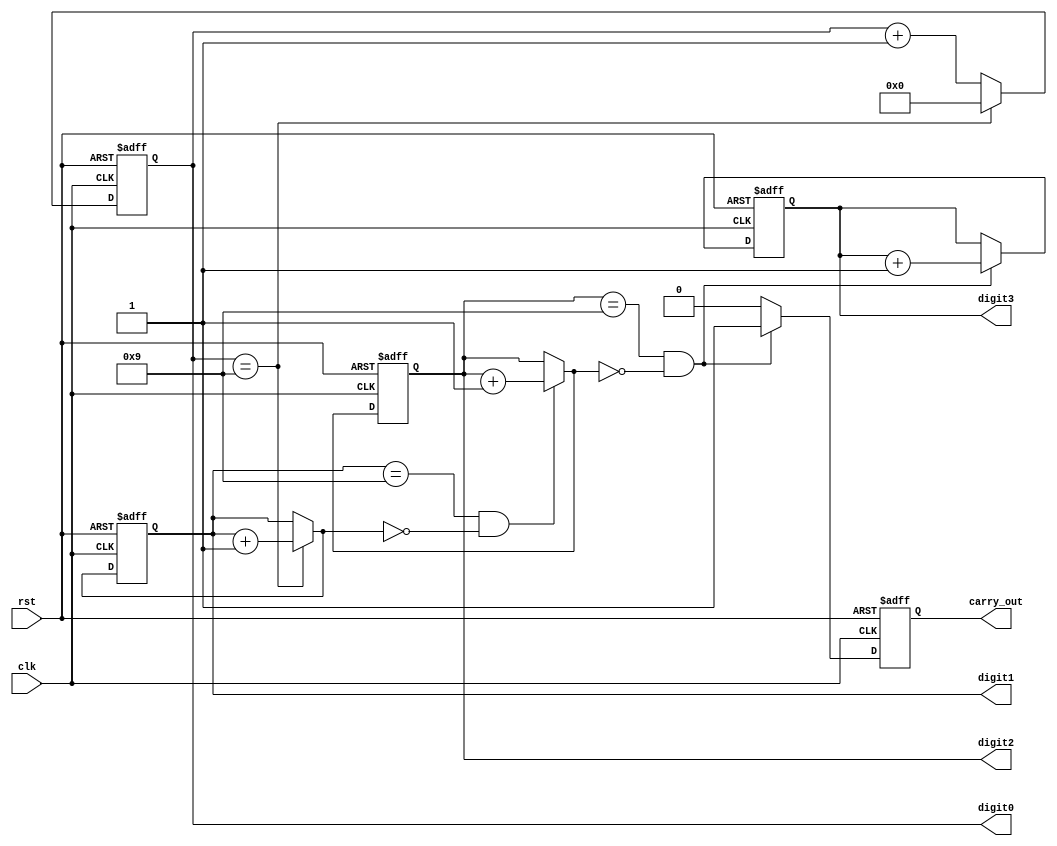
module BCD_Counter(
    input clk,
    input rst,
    output reg [3:0] digit3,
    output reg [3:0] digit2,
    output reg [3:0] digit1,
    output reg [3:0] digit0,
    output reg carry_out
);

reg [3:0] next_digit3, next_digit2, next_digit1, next_digit0;

always @(posedge clk or posedge rst) begin
    if (rst) begin
        digit3 <= 4'd0;
        digit2 <= 4'd0;
        digit1 <= 4'd0;
        digit0 <= 4'd0;
        carry_out <= 1'b0;
    end else begin
        if (digit0 == 4'd9) begin
            next_digit0 = 4'd0;
            next_digit1 = digit1 + 1;
        end else begin
            next_digit0 = digit0 + 1;
            next_digit1 = digit1;
        end
        
        if (digit1 == 4'd9 && next_digit1 == 4'd0) begin
            next_digit2 = digit2 + 1;
        end else begin
            next_digit2 = digit2;
        end

        if (digit2 == 4'd9 && next_digit2 == 4'd0) begin
            next_digit3 = digit3 + 1;
            carry_out <= 1'b1;
        end else begin
            next_digit3 = digit3;
            carry_out <= 1'b0;
        end
        
        digit0 <= next_digit0;
        digit1 <= next_digit1;
        digit2 <= next_digit2;
        digit3 <= next_digit3;
    end
end

endmodule